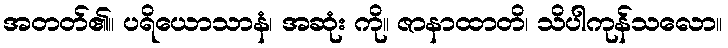
အတတ်၏။ ပရိယောသာနံ၊ အဆုံး ကို။ ဇာနာထာတိ၊ သိပါကုန်သလော။